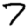
Digit: 7